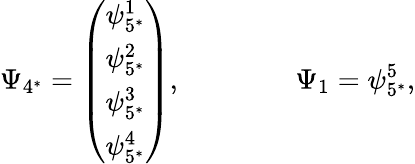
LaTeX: \Psi_{4^{*}}=\left(\begin{array}{c}{{\psi_{5^{*}}^{1}}}\\ {{\psi_{5^{*}}^{2}}}\\ {{\psi_{5^{*}}^{3}}}\\ {{\psi_{5^{*}}^{4}}}\end{array}\right),\qquad\qquad\Psi_{1}=\psi_{5^{*}}^{5},